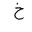
Letter: _kha